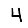
Digit: 4